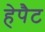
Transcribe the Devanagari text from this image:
हेपैट